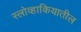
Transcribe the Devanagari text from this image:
स्लोव्हाकियातील